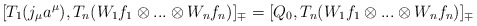
\begin{align*}[T_1(j_\mu a^\mu),T_n(W_1f_1\otimes...\otimes W_nf_n)]_\mp=[Q_0,T_n(W_1f_1\otimes...\otimes W_nf_n)]_\mp\end{align*}